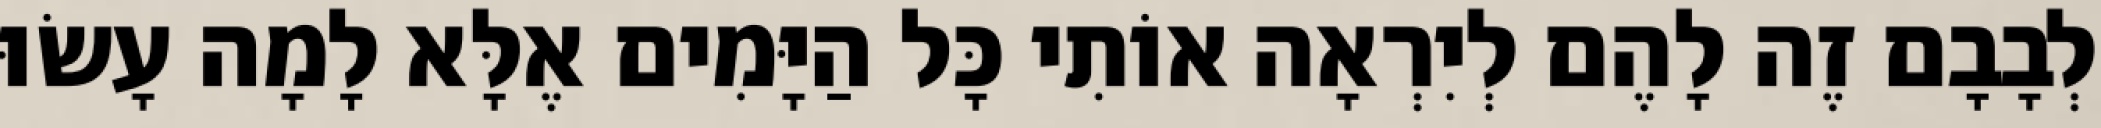
לְבָבָם זֶה לָהֶם לְיִרְאָה אוֹתִי כָּל הַיָּמִים אֶלָּא לָמָה עָשׂוּ